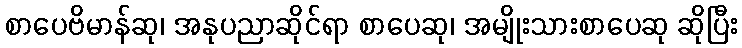
စာပေဗိမာန်ဆု၊ အနုပညာဆိုင်ရာ စာပေဆု၊ အမျိုးသားစာပေဆု ဆိုပြီး